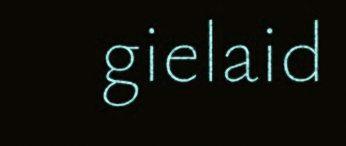
gielaid